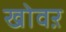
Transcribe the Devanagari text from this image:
खोवऱ